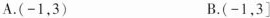
A.(-1，3) B.(-1，3]